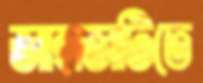
জাহাজটিতে